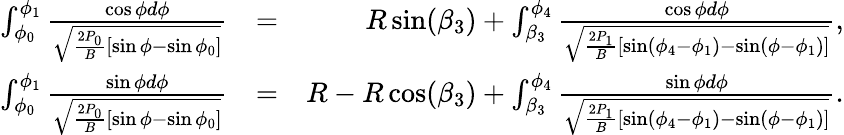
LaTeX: \begin{array}{rlr}{\int_{\phi_{0}}^{\phi_{1}}\frac{\cos\phi d\phi}{\sqrt{\frac{2P_{0}}{B}[\sin\phi-\sin\phi_{0}]}}}&{=}&{R\sin(\beta_{3})+\int_{\beta_{3}}^{\phi_{4}}\frac{\cos\phi d\phi}{\sqrt{\frac{2P_{1}}{B}[\sin(\phi_{4}-\phi_{1})-\sin(\phi-\phi_{1})]}},}\\ {\int_{\phi_{0}}^{\phi_{1}}\frac{\sin\phi d\phi}{\sqrt{\frac{2P_{0}}{B}[\sin\phi-\sin\phi_{0}]}}}&{=}&{R-R\cos(\beta_{3})+\int_{\beta_{3}}^{\phi_{4}}\frac{\sin\phi d\phi}{\sqrt{\frac{2P_{1}}{B}[\sin(\phi_{4}-\phi_{1})-\sin(\phi-\phi_{1})]}}.}\end{array}